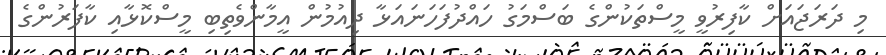
މި ދަރަޖައަށް ކާފިރުވީ މީސްތަކުންގެ ބަސްމަގު ހައްދުފަހަނައަޅާ ދިއުމުން އީމާންވެތިބި މީސްކޮޅާއި ކާފަރުންގެ